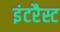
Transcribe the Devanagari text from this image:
इंटरैस्ट